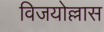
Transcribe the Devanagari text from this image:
विजयोल्लास